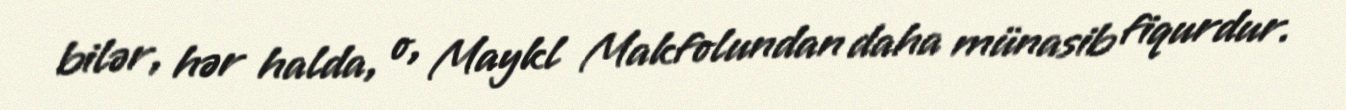
bilər, hər halda, o, Maykl Makfolundan daha münasib fiqurdur.